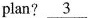
plan? \underline{3}